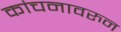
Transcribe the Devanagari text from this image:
कांचनावरुन